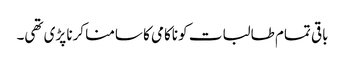
باقی تمام طالبات کو ناکامی کا سامنا کرنا پڑی تھی۔